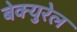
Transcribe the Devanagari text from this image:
बेक्युरेल